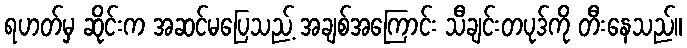
ရဟတ်မှ ဆိုင်းက အဆင်မပြေသည့် အချစ်အကြောင်း သီချင်းတပုဒ်ကို တီးနေသည်။